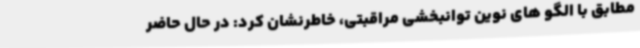
مطابق با الگو های نوین توانبخشی مراقبتی، خاطرنشان کرد: در حال حاضر